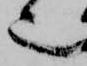
也